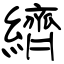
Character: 纃